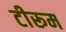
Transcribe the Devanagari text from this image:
टीरूम